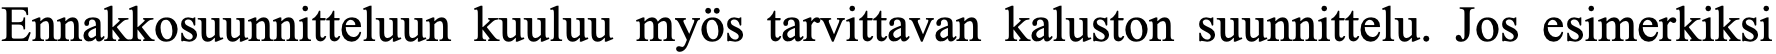
Ennakkosuunnitteluun kuuluu myös tarvittavan kaluston suunnittelu. Jos esimerkiksi